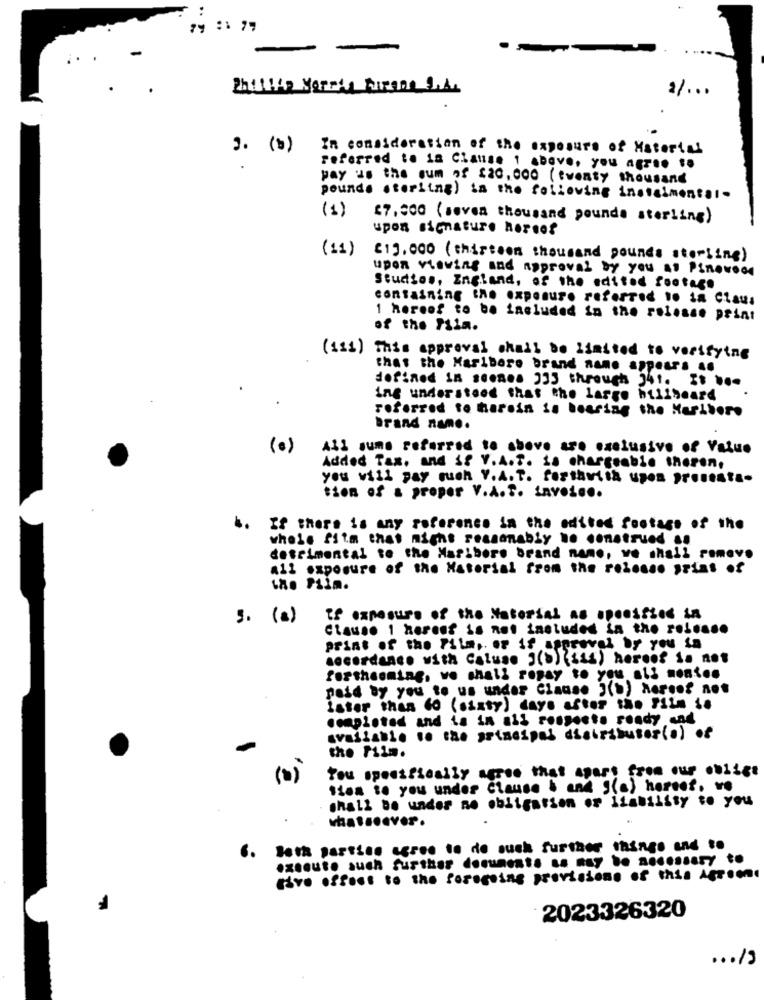
3. (b) In consideration of the exposure of Material
referred to ia Clause 1 above, you agree to
pay as the sum of $20,000 ( twenty thousand
pounds sterling) in the following instalmental-
(1) 67.300 (seven thousand pounds sterling)
upon signature hereof
(11)
£13.000 ( thirteen thousand pounds sterling)
upon viewing and approval by you at Pinewood
Studios, England, of the edited footage
containing the exposure referred 1. ia Claus
1 hereof to be included in the release print
of the Mia.
(121)
This approval shall be limited to verifying
that the Maribere brand name appears ..
defined in scones 333 through "41. 31 ...
ing understood that the large hillbeard
referred to harnin is bearing the Marlboro
Brand namn ..
(0)
All sume referred to above are exclusive of Value
Added Tax, and if V.A.T. La chargeable thoren,
you will pay mueh V.A. T. forthwith upen )TelIst ..
tion of a proper V.A.S. inves ...
b. If there is any reference in the edited footage of the
whole fitm that might reasonably to construed ..
detrimental to the Maribore brand name, ve shall remove
all exposure of the Material from the rolesso print of
the PLim.
tf exposure of the Material .s .ponified in
Clause 1 hereof is not included in the re .....
print of the Pitm, or if appro
accordance with Caluso J(*) (11) hereof is not
forthcoming, vo shall ropay to you all non ...
paid by you to us under Clause "(b) hereof not
later than Go (sixty) days after the Film i.
completed and is in all respects ready and
vailable to the principal distributor(.) of
the Film.
Tou specifically agree that apart from our oniigt
(0)
fien 10 you under Clause & and J(a) hereof, we
shall be under no obligation or itability to you
Both parties agree to de sush further things and to
6.
Tive offees to the foregoing provisions of this Agroone
2023326320
... 19